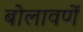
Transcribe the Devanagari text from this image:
बोलावणें